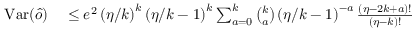
\begin{array} { r l } { \mathrm { V a r } ( \hat { o } ) } & { { } \leq e ^ { 2 } \left( \eta / k \right) ^ { k } \left( \eta / k - 1 \right) ^ { k } \sum _ { a = 0 } ^ { k } \binom { k } { a } \left( \eta / k - 1 \right) ^ { - a } \frac { \left( \eta - 2 k + a \right) ! } { \left( \eta - k \right) ! } } \end{array}